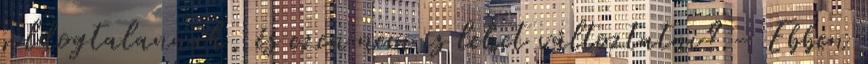
boldogtalannak, és ezen nem is lehet változtatni? - Ebben